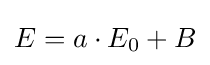
E=a\cdot E_{0}+B